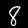
Digit: 8